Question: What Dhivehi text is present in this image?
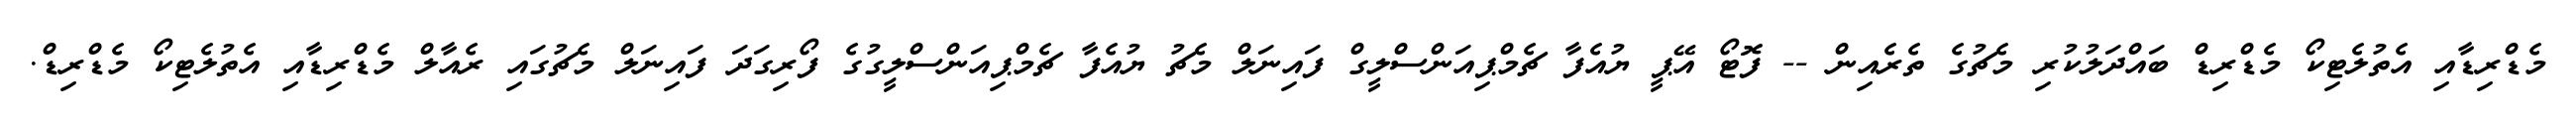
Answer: މެޑްރިޑާއި އެތުލެޓިކޯ މެޑްރިޑް ބައްދަލުކުރި މެޗުގެ ތެރެއިން -- ފޮޓޯ އޭޕީ ޔުއެފާ ޗެމްޕިއަންސްލީގް ފައިނަލް މެޗު ޔުއެފާ ޗެމްޕިއަންސްލީގުގެ ފޯރިގަދަ ފައިނަލް މެޗުގައި ރެއާލް މެޑްރިޑާއި އެތުލެޓިކޯ މެޑްރިޑް.